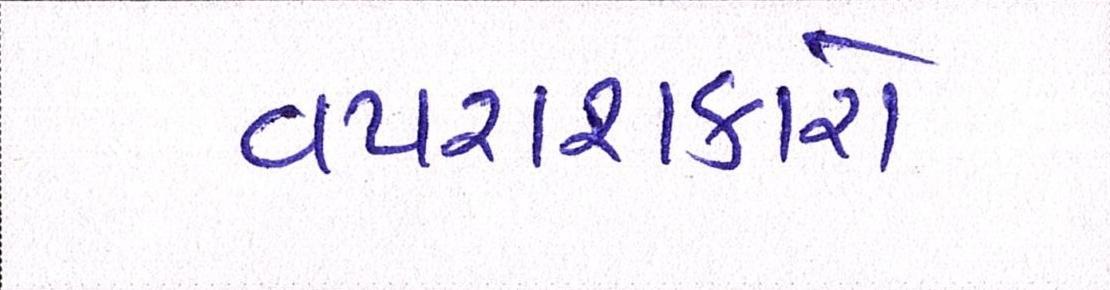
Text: વપરાશકારો